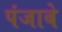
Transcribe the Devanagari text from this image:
पंजाबे